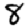
Digit: 8